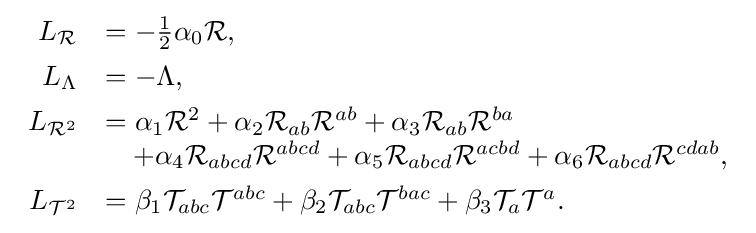
{\begin{array}{rl}L_{\mathcal {R}}&=-{\tfrac {1}{2}}\alpha _{0}{\mathcal {R}},\\[1ex]L_{\Lambda }&=-\Lambda ,\\[1ex]L_{{\mathcal {R}}^{2}}&=\alpha _{1}{\mathcal {R}}^{2}+\alpha _{2}{\mathcal {R}}_{ab}{\mathcal {R}}^{ab}+\alpha _{3}{\mathcal {R}}_{ab}{\mathcal {R}}^{ba}\\&\quad +\alpha _{4}{\mathcal {R}}_{abcd}{\mathcal {R}}^{abcd}+\alpha _{5}{\mathcal {R}}_{abcd}{\mathcal {R}}^{acbd}+\alpha _{6}{\mathcal {R}}_{abcd}{\mathcal {R}}^{cdab},\\[1ex]L_{{\mathcal {T}}^{2}}&=\beta _{1}{\mathcal {T}}_{abc}{\mathcal {T}}^{abc}+\beta _{2}{\mathcal {T}}_{abc}{\mathcal {T}}^{bac}+\beta _{3}{\mathcal {T}}_{a}{\mathcal {T}}^{a}.\end{array}}